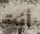
أنت